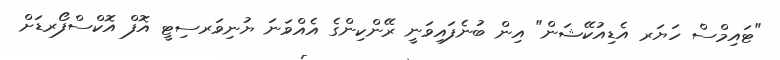
"ޓައިމްސް ހަޔަރ އެޑިއުކޭޝަން" އިން ބުނެފައިވަނީ ރޭންކިންގެ އެއްވަނަ ޔުނިވަރސިޓީ އޮފް އޮކްސްފޯރޑަށް